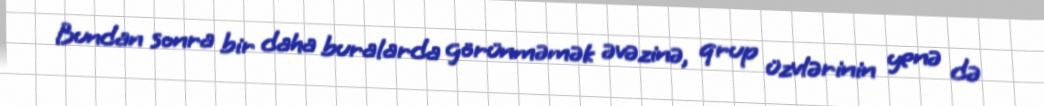
Bundan sonra bir daha buralarda görünməmək əvəzinə, qrup üzvlərinin yenə də